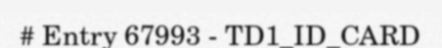
# Entry 67993 - TD1_ID_CARD